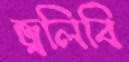
জ্বলিবি